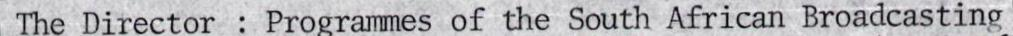
 The Director : Programmes of the South African Broadcasting